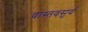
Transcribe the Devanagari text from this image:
वास्तवसूर्य